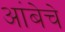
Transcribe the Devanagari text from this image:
आंबेचे